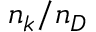
n _ { k } / n _ { D }